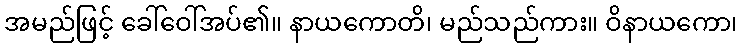
အမည်ဖြင့် ခေါ်ဝေါ်အပ်၏။ နာယကောတိ၊ မည်သည်ကား။ ဝိနာယကော၊